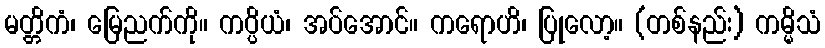
မတ္တိကံ၊ မြေညက်ကို။ ကပ္ပိယံ၊ အပ်အောင်။ ကရောဟိ၊ ပြုလော့။ (တစ်နည်း) ကမ္မိသံ